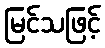
မြင်သဖြင့်